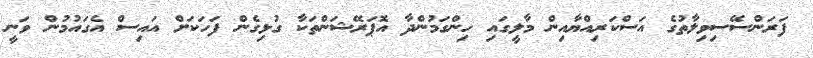
ފަރަންސޭސިވިލާތުގެ އަސްކަރިއްޔާއިން މާލީގައި ހިންގަމުންދާ އޮޕަރޭޝަންތަކާ ގުޅިގެން ފަހަކަށް އައިސް އެގައުމުން ވަނީ